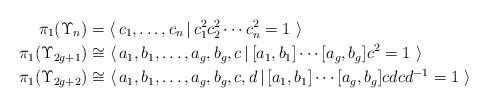
LaTeX: \begin{align*} \pi_1(\Upsilon_n) & = \langle\, c_1,\hdots,c_n\,|\, c_1^2c_2^2\cdots c_n^2 = 1\ \rangle \\ \pi_1(\Upsilon_{2g+1}) & \cong \langle\, a_1,b_1,\hdots,a_g,b_g,c\,|\, [a_1,b_1]\cdots[a_g,b_g]c^2 = 1\ \rangle \\ \pi_1(\Upsilon_{2g+2}) & \cong \langle\, a_1,b_1,\hdots,a_{g},b_{g},c,d\,|\,[a_1,b_1]\cdots[a_{g},b_{g}]cdcd^{-1} = 1\ \rangle\end{align*}